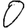
Digit: 0